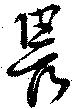
畏